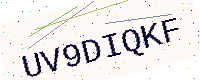
Text: UV9DIQKF